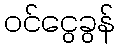
ဝင်ငွေခွန်